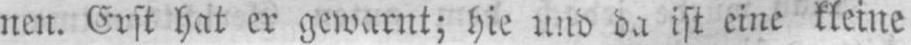
nen. Erst hat er gewarnt; hie und da ist eine kleine